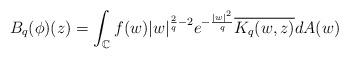
LaTeX: \begin{align*}B_q(\phi)(z) &=\int_{\mathbb{C}} f(w)|w|^{\frac{2}{q}-2} e^{-\frac{|w|^2}{q}} \overline{K_q(w,z)} dA(w)\end{align*}